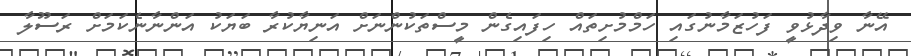
އޭނާ ވިދާޅުވީ ފަހުޒަމާނުގައި ހަމްމުށިތައް ހިފައިގެން މީސްތަކުންނަށް އަނިޔާކުރާ ބަޔަކު އަންނާނެކަމަށް ރަސޫލާ